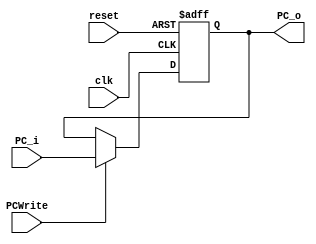
`timescale 1ns / 1ps

module PC(reset, clk, PCWrite, PC_i, PC_o);
    //Input Clock Signals
    input reset;             
    input clk;
    //Input Control Signals             
    input PCWrite;
    //Input PC             
    input [31:0] PC_i;
    //Output PC  
    output reg [31:0] PC_o; 


    always@(posedge reset or posedge clk)
    begin
        if(reset) begin
            PC_o <= 0;
        end else if (PCWrite) begin
            PC_o <= PC_i;
        end else begin
            PC_o <= PC_o;
        end
    end
endmodule